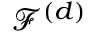
\mathcal { F } ^ { ( d ) }